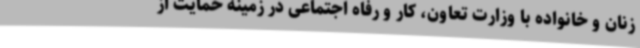
زنان و خانواده با وزارت تعاون، کار و رفاه اجتماعی در زمینه حمایت از